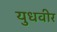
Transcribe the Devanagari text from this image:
युधवीर